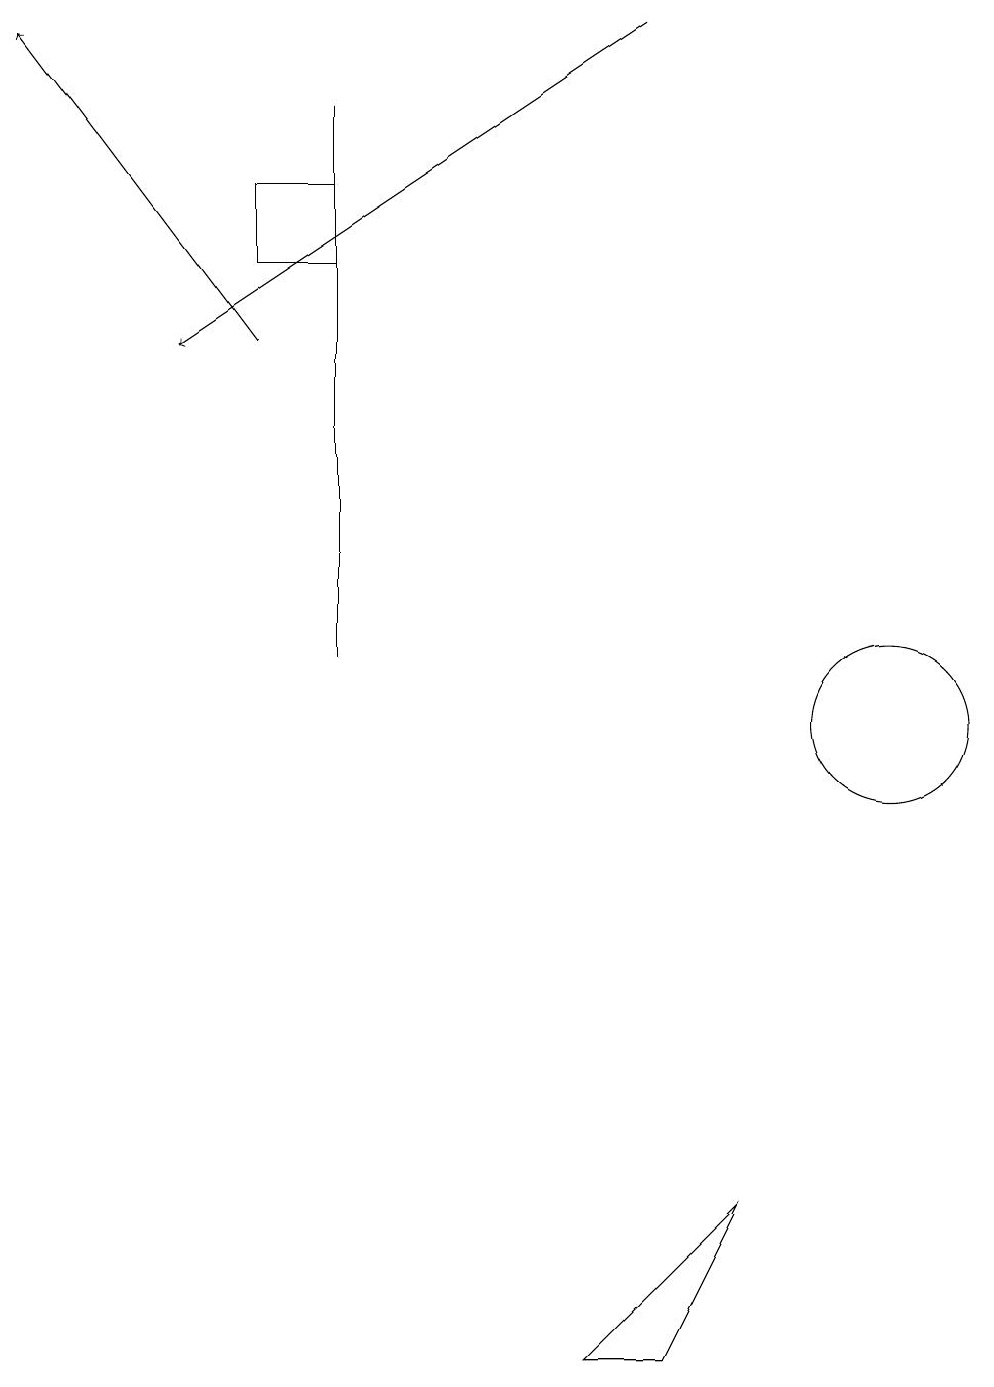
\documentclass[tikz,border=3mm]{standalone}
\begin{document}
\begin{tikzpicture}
\draw (4,11) rectangle (4,18);
\draw[->] (8,19) -- (2,15);
\draw (7,2) -- (8,2) -- (9,4) -- cycle;
\draw (11,10) circle (1);
\draw[->] (3,15) -- (0,19);
\draw (3,16) rectangle (4,17);
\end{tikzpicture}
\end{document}